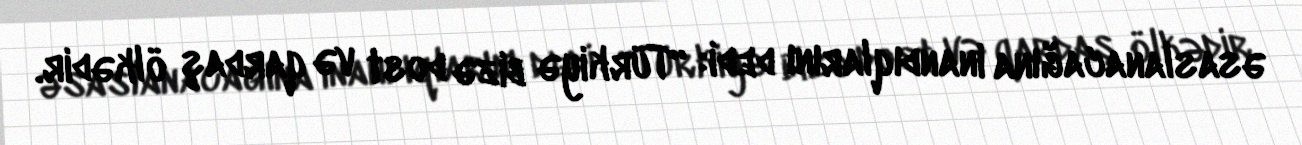
əsaslanacağına inandıqlarını dedi: “Türkiyə bizə dost və qardaş ölkədir.